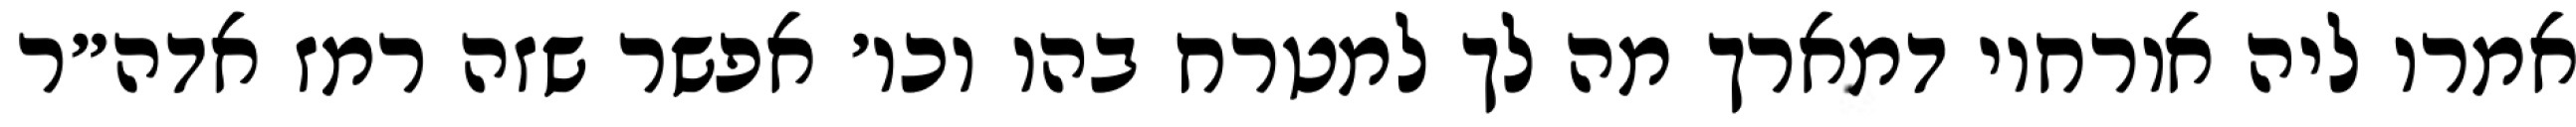
אמרו ליה אורחוי דמארך מה לך למטרח בהו וכו׳ אפשר שזה רמז אדה״ר